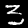
Label: 3